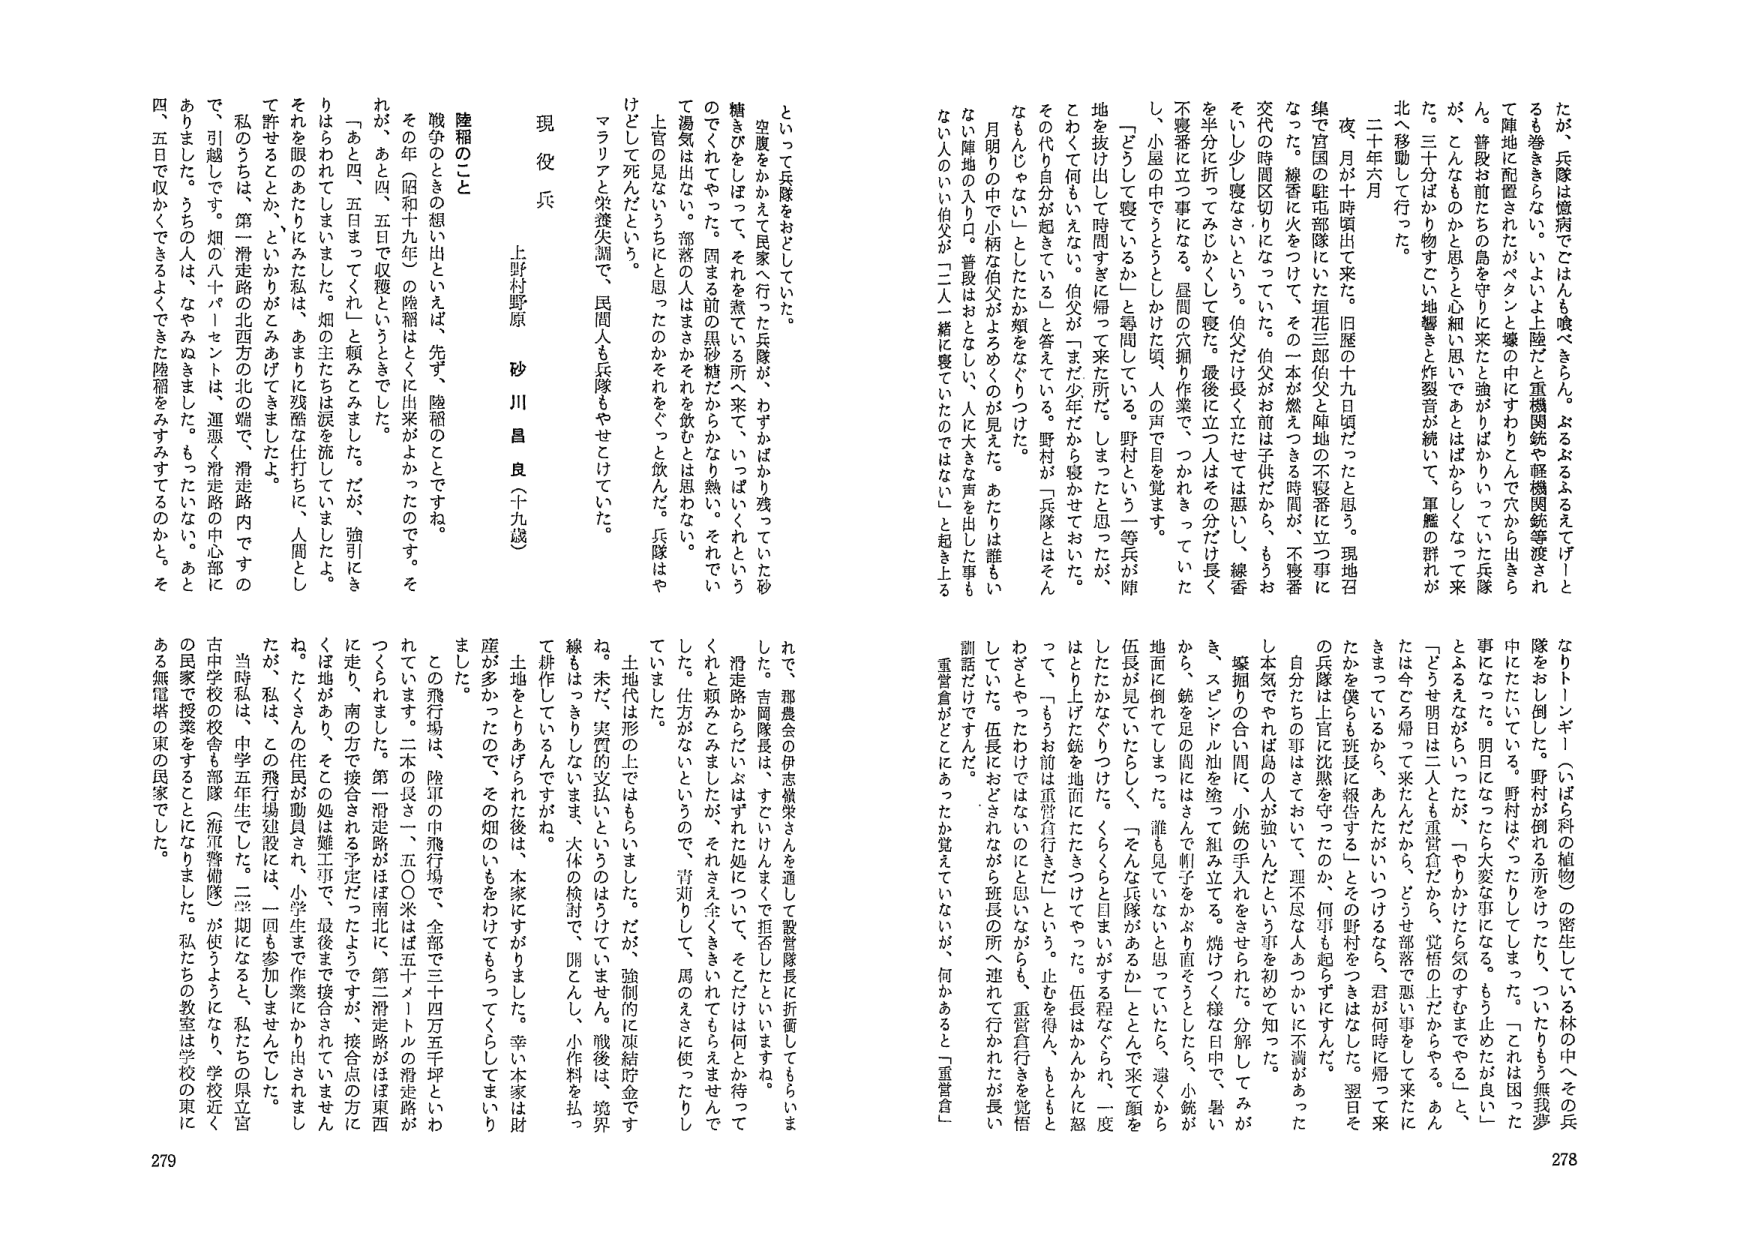
たが、兵隊は憤病でごはんも喰べきらん。ぶるぶるるるえてげーと
るも巻ききらない。いよいよ上陸だと重機関銃や軽機関銃等渡され
て陣地に配置されたがベタンと壕の中にすわってこんで穴から出さら
ん。普段お前たちの馬を守りに来たと強がりばかりしていた兵隊
が、こんなものかと思うと心細い思いであとはばかりしくなって来
た。三十分ばかり物すごい地響きと炸裂音が続いて、軍艦の群れが
北へ移動して行った。
二十年六月
夜、月が十時頃出て来た。旧暦の十九日頃だったと思う。現地召
集で宮国の駐屯部隊にいた垣花三郎伯父と陣地の不寝落に立つ事に
なった。線香に火をつけて、その一本が燃えつくる時間が、不寝着
交代の時間区切りになっていた。伯父がお前は子供だから、もうお
そいし少し寝なさいという。伯父だけ長く立たせたのは悪いし、線香
を半分に折ってみじかくして寝た。最後に立つ人はその分だけ長く
不寝番に立つ事になる。昼間の穴掘り作業で、つかれきっていた
し、小屋の中でうとうとしかけた頃、人の声で目を覚ます。
「どうして寝ているか」と尋問している。野村という一等兵が陣
地を抜け出して時間すぎに帰って来た所だ。しまったと思ったが、
こわくて何もいえない。伯父が「まだ少年だから寝かせておいた。
その代り自分が起きている」と答えている。野村が「兵隊とはそん
なもんじゃない」としたたか頬をなぐっている。
月明りの中で小柄な伯父がよろめくのが見えた。あたりは誰もい
ない陣地の入り口。普段はおとなしい、人に大きな声を出した事も
ない人のいい伯父が「二人一緒に寝ていたのではない」と起き上る
なりトーンギー（へばら科の植物）の密生している林の中へその兵
隊をおし倒した。野村が倒れる所をけったり、ついたりもう無我夢
中にたたいている。野村はぐったりしてしまった。「これは困った
事になった。明日になったら大変な事になる。もう止めたが良い」
とふるえながらいったが、「やりかげたら気のすむまでやる。あん
たどうせ明日は二人とも重賞貰だから、覚悟の上だからやる。あん
たは今どう帰って来たんだか、どうせ部隊で悪い事をして来たに
きまっているから、あんたがいつけるなら、君が何時に帰って来
たかを僕らも班長に報告する」とその野村をつきはなした。翌日そ
の兵隊は上官に沈黙を守ったのか、何事も起らずにすんだ。
自分たちの事はさておいて、理不尽な人あつかいに不満があった
し本気でやれば島の人が強いんだという事を初めて知った。
壕掘りの合い間に、小銃の手入れをさせられた。分解してみが
き、スピンドル油を塗って組み立てる。焼けつく様な日中で、暑い
から、銃を足の間にはさんで帽子をかぶり直そうとしたら、小銃が
地面に倒れてしまった。誰も見ていないと思っていたら、遠くから
伍長が見ていたらしく、「そんな兵隊があるか」ととんで来て顔を
したたかなぐりつけた。くらくらと目まいがする程なぐられ、一度
はとり上げた銃を地面にたたきつけてやった。伍長はかんかんに怒
って、「もうお前は重賞貰行きだ」という。止むを得ん、もともと
わざとやってお前ではないのにと思いながらも、重賞貰行きを覚悟
していた。伍長におどされながら班長の所へ連れて行かれたが長い
訓話だけですんだ。
重賞貰がどこにあったか覚えていないが、何かあると「重賞貰」
といって兵隊をおとししていた。
空腹をかかえて民家へ行った兵隊が、わずかばかり残っていた砂
糖きびをはって、それを行っている所へ来て、いっぱいくれという
のでくれてやった。囲まる前の黒砂糖だからかなり熱い。それでい
て湯気は出ない。部隊の人はまさかそれを飲むとは思わない。
上官の見ないうちにと思ったのかそれをぐっと飲んだ。兵隊はや
けどして死んだという。
マラリアと突発失調で、民間人も兵隊もやせけていた。
現役兵
上野村野原 砂川昌良（十九歳）
陸稲のこと
戦争のときの想い出といえば、先ず、陸稲のことですね。そ
の年（昭和十九年）の陸稲はとくに出来がよかったのです。そ
れが、あと四、五日まってくれーと頼みこみました。
「あと四、五日まってくれーと頼みこみました。だが、強引にき
りはらわれてしまいました。畑の主たちは涙を流していましたよ。
それを眼のあたりにみた私は、あまりに残酷な仕打ちに、人間とし
て許せることか、といかがとみあげてきましたよ。
私のうちは、第一滑走路の北西方の北の端で、滑走路内ですの
で、引越します。畑の八十パーセントは、運悪く滑走路の中心部に
ありました。うちの人は、なやみぬきました。もったいない。あと
四、五日で収かできるよくできた陸稲をみすみすするのかと。そ
れで、郡農会の伊志嶺栄さんを通して設営隊長に折衝してもらいま
した。吉岡隊長は、すぐにいんまくで拒否したといいますね。
滑走路からは、はずれた処について、そこだけは何とか待って
くれと頼みこみましたが、それは全くききいれてもらえませんで
した。仕方がないというので、背刈りして、馬のえさに使ったりし
ていました。
土地代は形の上ではもらいました。だが、強制的に凍結貯金です
ね。未だ、実質的支払いというのはうけていません。戦後は、境界
て耕作しているんですがね。
土地をとりあげられた後は、本家にすがりました。幸い本家は財
産が多かったので、その畑のいもをわけてもらってくらしてまいり
ました。
この飛行場は、陸軍の中飛行場で、全部で三十四万五千坪といわ
れています。二本の長さ一、五〇〇米は五十メートルの滑走路が
つくりられました。第一滑走路がは南北に、第二滑走路がは東西
に走り、南の方で接合される予定だったようですが、接合点の方に
くは地があり、そことの処は難工事で、最後まで接合されていません
ね。たくさんの住民が動員され、小学生まで作業にかり出されまし
たが、私は、この飛行場建設には、一回も参加しませんでした。
当時私は、中学五年生でした。二学期になると、私たちの県立宮
古中学校の校舎も部隊（飛行警備隊）が使うようになり、学校近く
の民家で授業をすることになりました。私たちの教室は学校の東に
ある無電搭の東の民家でした。
278
279